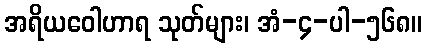
အရိယဝေါဟာရ သုတ်များ၊ အံ-၄-ပါ-၅၆၈။